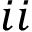
i i